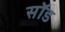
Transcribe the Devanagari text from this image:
सॉड